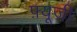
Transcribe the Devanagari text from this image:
फ़्यूजी